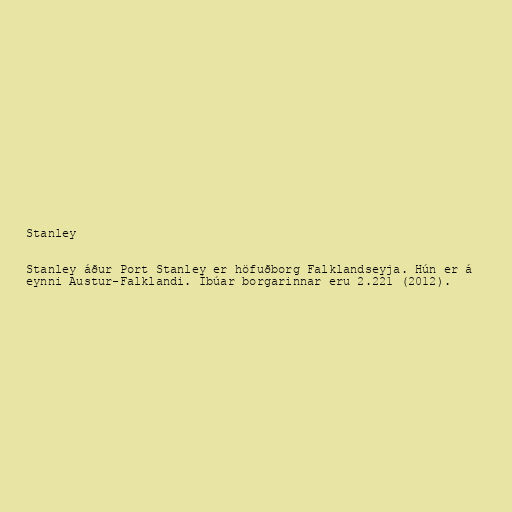
Stanley

Stanley áður Port Stanley er höfuðborg Falklandseyja. Hún er á
eynni Austur-Falklandi. Íbúar borgarinnar eru 2.221 (2012).